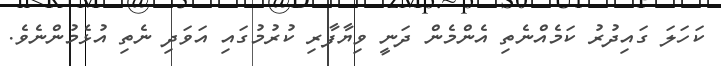
ކަހަލަ ގައިދުރު ކަމެއްނެތި އެންމެން ދަނީ ވިޔާފާރި ކުރުމުގައި އަވަދި ނެތި އުޅެމުންނެވެ.